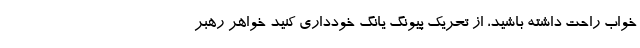
خواب راحت داشته باشید، از تحریک پیونگ‌ یانگ خودداری کنید خواهر رهبر